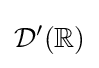
{\mathcal {D}}^{\prime }(\mathbb {R} )